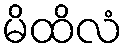
မိထိလံ